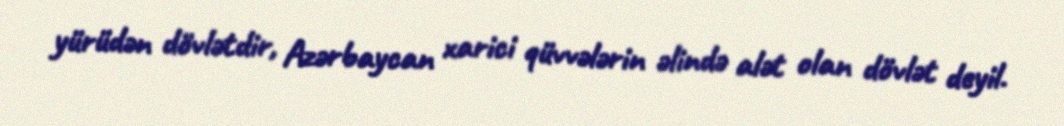
yürüdən dövlətdir, Azərbaycan xarici qüvvələrin əlində alət olan dövlət deyil.